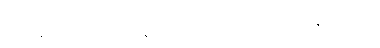
ဘော်ဆိုတဲ့ စကားလုံးကတော့ အခုခေတ်လည်း သုံးပါသေးတယ်။